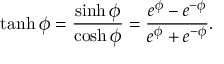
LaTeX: \operatorname { t a n h } \phi = { \frac { \sinh \phi } { \cosh \phi } } = { \frac { e ^ { \phi } - e ^ { - \phi } } { e ^ { \phi } + e ^ { - \phi } } } .